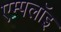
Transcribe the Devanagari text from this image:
एम्पलॉइ